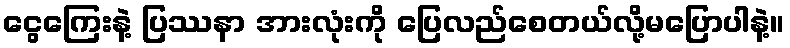
ငွေကြေးနဲ့ ပြဿနာ အားလုံးကို ပြေလည်စေတယ်လို့မပြောပါနဲ့။